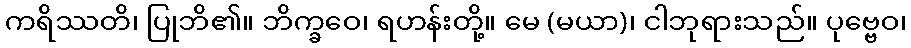
ကရိဿတိ၊ ပြုဘိ၏။ ဘိက္ခဝေ၊ ရဟန်းတို့။ မေ (မယာ)၊ ငါဘုရားသည်။ ပုဗ္ဗေဝ၊